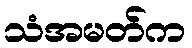
သံအမတ်က